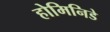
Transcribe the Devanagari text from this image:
होमिनिडे